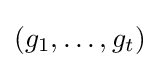
(g_{1},\ldots ,g_{t})